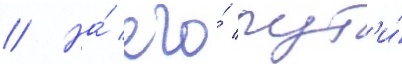
// На́ его́ пут'и́